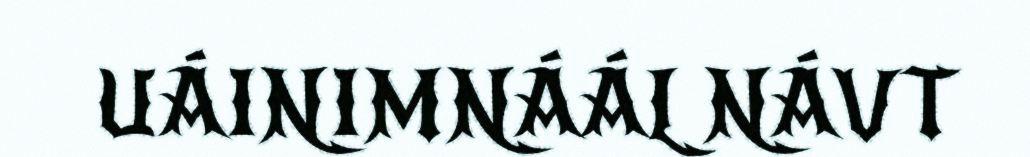
UÁINIMNÁÁL NÁVT